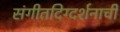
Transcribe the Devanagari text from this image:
संगीतदिग्दर्शनाची